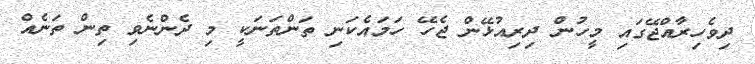
ދިވެހިރާއްޖޭގައި މީހުން ދިރިއުޅޭން ޖެހޭ ހަމައެކަނި ތަންތަނަކީ މި ދެންނެވި ތިން ތަނެއް